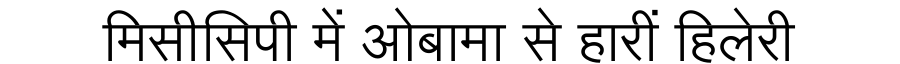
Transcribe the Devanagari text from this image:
मिसीसिपी में ओबामा से हारीं हिलेरी